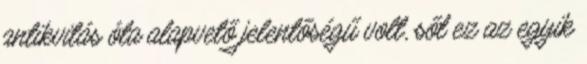
antikvitás óta alapvető jelentőségű volt, sőt ez az egyik